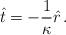
LaTeX: \begin{align*}\hat t=-\frac{1}{\kappa}\hat r\,.\end{align*}